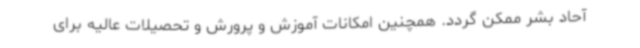
آحاد بشر ممکن گردد. همچنین امکانات آموزش و پرورش و تحصیلات عالیه برای